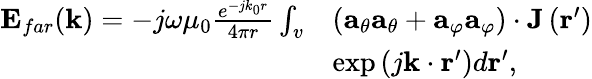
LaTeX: \begin{array}{rl}{\mathbf{E}_{far}(\mathbf{k})=-j\omega\mu_{0}\frac{e^{-jk_{0}r}}{4\pi r}\int_{v}}&{\left(\mathbf{a}_{\theta}\mathbf{a}_{\theta}+\mathbf{a}_{\varphi}\mathbf{a}_{\varphi}\right)\cdot\mathbf{J}\left(\mathbf{r}^{\prime}\right)}\\ &{\exp\left(j\mathbf{k}\cdot\mathbf{r}^{\prime}\right)d\mathbf{r}^{\prime},}\end{array}